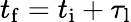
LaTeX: t_{\mathrm{f}}=t_{\mathrm{i}}+\tau_{\mathrm{l}}